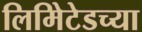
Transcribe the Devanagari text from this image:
लिमिेटेडच्या